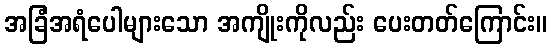
အခြံအရံပေါများသော အကျိုးကိုလည်း ပေးတတ်ကြောင်း။